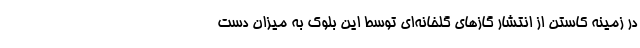
در زمینه کاستن از انتشار گازهای گلخانه‌ای توسط این بلوک به میزان دست